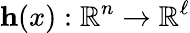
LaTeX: \mathbf{h}(x):\, \! \mathbb{R}^{n}\rightarrow\mathbb{R}^{\ell}